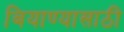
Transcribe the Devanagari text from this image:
बियाण्यासाठी